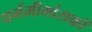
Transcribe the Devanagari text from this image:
धर्ममीमांसकों